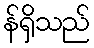
န်ရှိသည်